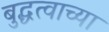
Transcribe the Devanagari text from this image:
बुद्धत्वाच्या